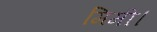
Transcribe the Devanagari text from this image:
मिमी।